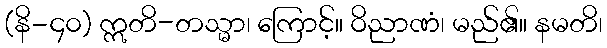
(နိ-၄၀) ဣတိ-တသ္မာ၊ ကြောင့်။ ဝိညာဏံ၊ မည်၏။ နမတိ၊